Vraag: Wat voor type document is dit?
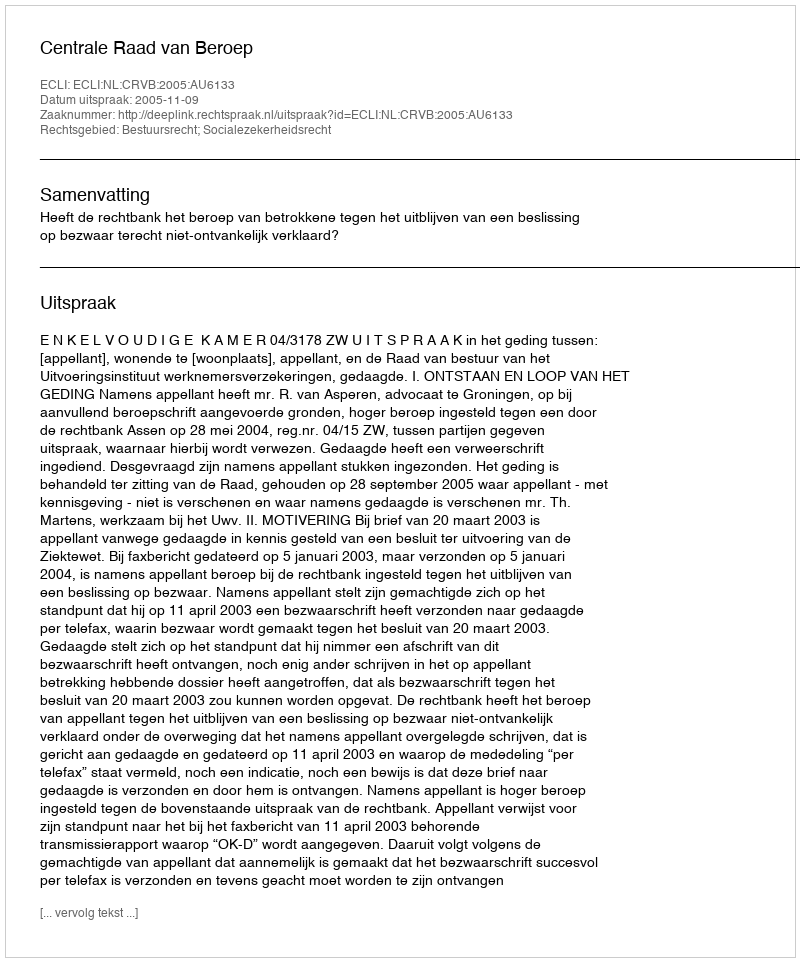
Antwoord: Uitspraak